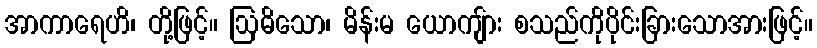
အာကာရေဟိ၊ တို့ဖြင့်။ ဩဓိသော၊ မိန်းမ ယောကျ်ား စသည်ကိုပိုင်းခြားသောအားဖြင့်။